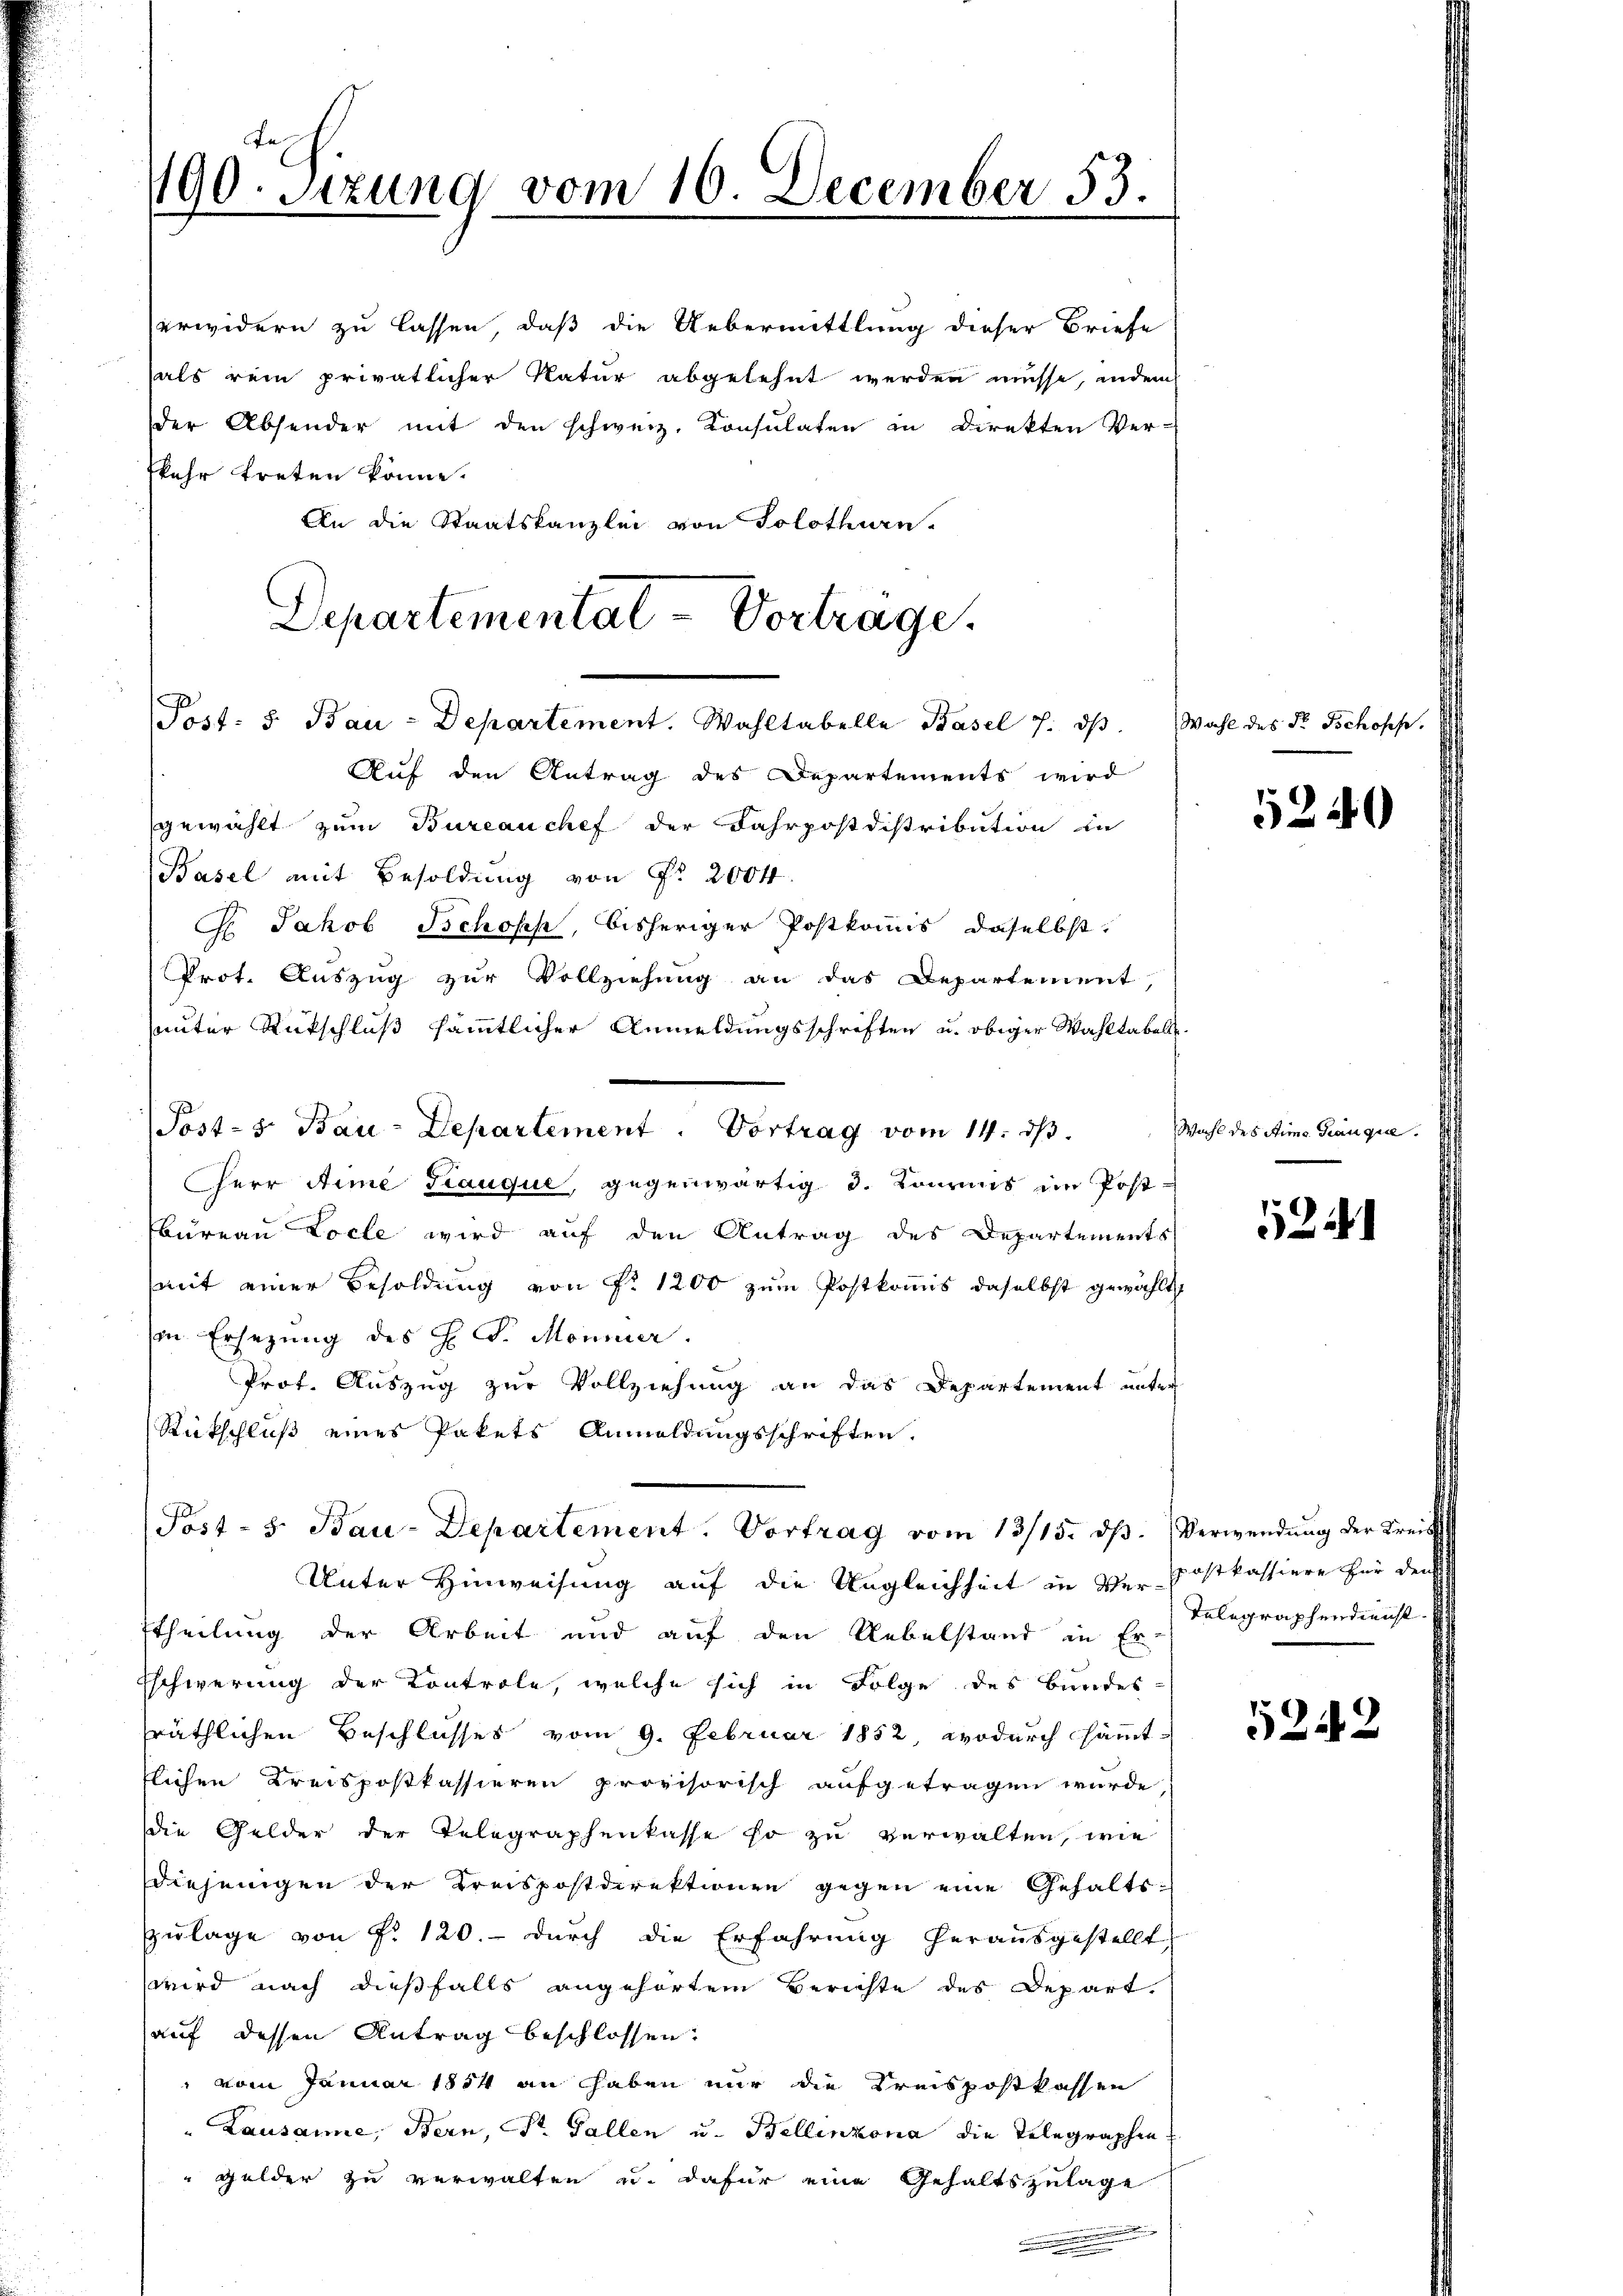
erwidern zu lassen, daß die Uebermittlung dieser Briefe
als rein privatlicher Natur abgelehnt werden müsse, indem
der Absender mit den schweiz. Konsulaten in Direkten Ver-
skehr treten könne.
An die Staatskanzlei von Solothurn¬
Departementat- Vortrage.

190. Sizung vom 16. December 53.

Post: 5. Bau-Departement. Wahltabelle Basel 7. ds.

Post- s. Bau-Departement. Vortrag vom 14. ds.

Auf den Antrag des Departements wird
gewählt zum Burcauchef der Fahrpostdistribution in
Basel mit Besoldung von Fr. 2004.
 Jakob Ischopp, bisheriger Postkomis, daselbst,
Prot. Auszug zur Vollziehung an das Departement,
unter Rückschluß sämmtlicher Anmeldungsschriften u. obiger Wahltabel
Herr Arme Trauque, gegenwärtig d. Konruns im Post-
bureau Locle wird auf den Antrag des Departements
mit einer Besoldung von Nr 1200 zum Postkonis daselbst gewählt
in Ersezung des H. Dr. Monier.
Prot. Auszug zur Vollziehung an das Departement unter
Rückschluß eines Pakets Anmeldungsschriften.
Post- 5. Bau-Departement. Vortrag vom 13/15. ds.
Unter Hinweisung auf die Ungleichheit in der Postkassiere für der
ttheilung der Arbeit und auf den Uebelstand in Er
Eschwerung der Kontrole, welche sich in Folge des Bundes-
sräthlichen Beschlusses vom 9. Februar 1852, wodurch sämmtflichen Kreispostkassieren provisorisch aufgetragen wurde
die Gelder der Telegraphenkasse so zu verwalten, wie
diejenigen der Kreispostdirektion gegen eine Gehalts-
Zulage von f. 120.- durch die Erfahrung herausgestellt
wird nach dießfalls angehörtem Berichte des Depart.
auf dessen Antrag beschlossen:
" vom Januar 1854 an haben nur die Kreispostkassen
" Lausanne, Bern, St. Gallen u. Bellinzona die Telegraphen
Gelder zu verwalten u. dafür eine Gehaltszulage
.

Wahl des Dr. Schopf.

.

5240

Wahl des Stime. Tranque

524

Verwendung der Krei¬
Telegraphendienst

5242